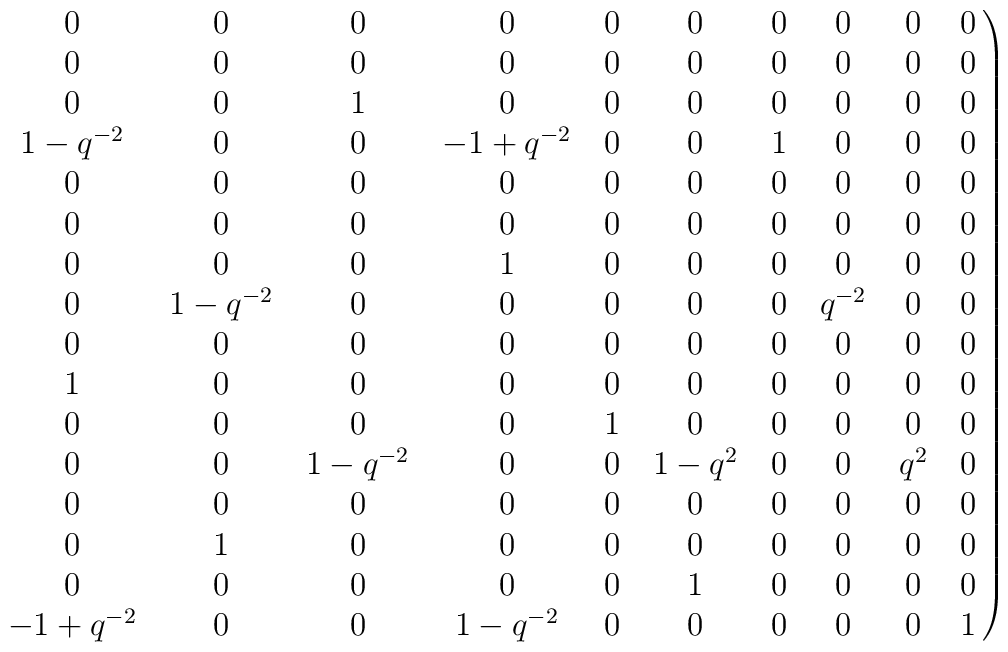
\left.\matrix{ 0 & 0 & 0 & 0 & 0 & 0 & 0 & 0 & 0 & 0 \cr 0 & 0 & 0 & 0 & 0 & 0 & 0 & 0 & 0 & 0 \cr 0 & 0 & 1 & 0 & 0 & 0 & 0 & 0 & 0 & 0    \cr 1 - q^{-2} & 0 & 0 & -1 + {q^{-2}} & 0 & 0 & 1 & 0 & 0 & 0 \cr 0 & 0 & 0 & 0 & 0 & 0 & 0 & 0 & 0 & 0 \cr 0 & 0 & 0 & 0 & 0 & 0 & 0 & 0 & 0 & 0 \cr 0 & 0 & 0 & 1 & 0 & 0 & 0 & 0 & 0 & 0 \cr 0 & 1 - q^{-2} & 0 & 0 & 0 & 0 & 0 & {q^{-2}} & 0 & 0 \cr 0 & 0 & 0 & 0 & 0 & 0 & 0 & 0 & 0 & 0 \cr 1 & 0 & 0 & 0 & 0 & 0 & 0 & 0 & 0 & 0 \cr 0 & 0 & 0 & 0 & 1 & 0 & 0 & 0 & 0 & 0 \cr 0 & 0 & 1 - {q^{-2}} & 0 & 0 & 1 - {q^{2}} & 0 & 0 & {q^{2}} & 0 \cr 0 & 0 & 0 & 0 & 0 & 0 & 0 & 0 & 0 & 0 \cr 0 & 1 & 0 & 0 & 0 & 0 & 0 & 0 & 0 & 0 \cr 0 & 0 & 0 & 0 & 0 & 1 & 0 & 0 & 0 & 0 \cr  -1 + q^{-2} & 0 & 0 & 1 - {q^{-2}} & 0 & 0 & 0 & 0 & 0 & 1 \cr  }\right)